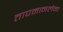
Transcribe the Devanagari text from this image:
तापमानलेना